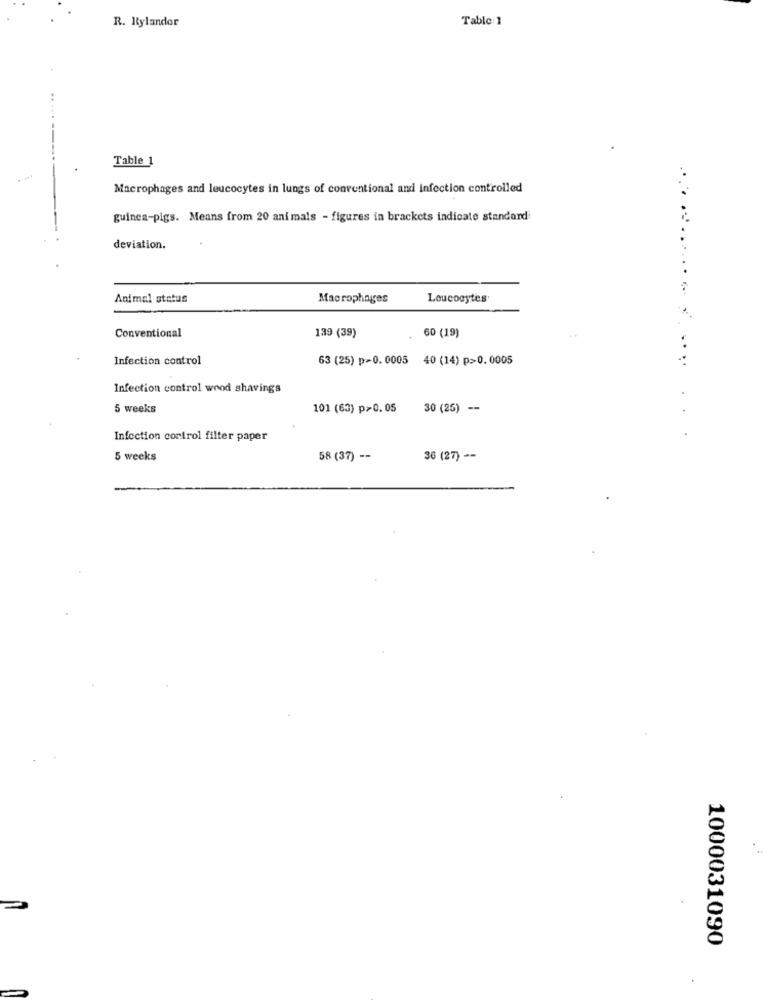
R. Rylandor
Table 1
Table 1
Macrophages and leucocytes in lungs of conventional and infection controlled
guinea-pigs. Means from 20 animals - figures in brackets indicate standard
deviation.
....
Animal status
Macrophages
Leucocytes
Conventional
60 (19)
139 (39)
. .
Infection control
63 (25) p=0.0005 40 (14) p>0.0005
Infection control wood shavings
5 weeks
101 (63) p>0.05
30 (25) -
Infection control filter paper
5 weeks
58 (37) --
36 (27) --
1000031090